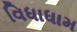
વિધાધામ